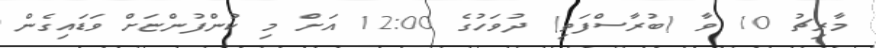
މާރިޗު 10 ވާ (ބުރާސްފަތި) ދުވަހުގެ 12:00 އަށް މި ކުންފުންޏަށް ވަޑައިގެން